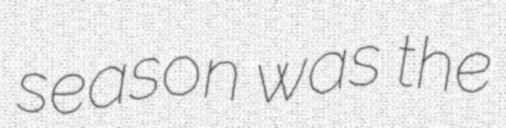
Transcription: season was the